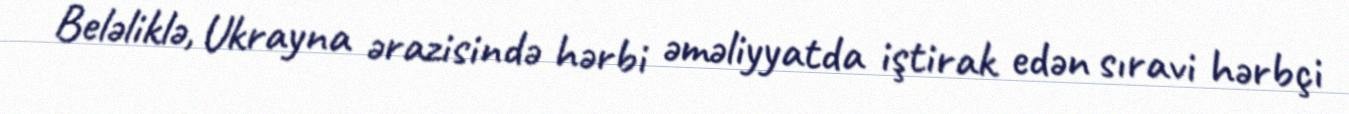
Beləliklə, Ukrayna ərazisində hərbi əməliyyatda iştirak edən sıravi hərbçi